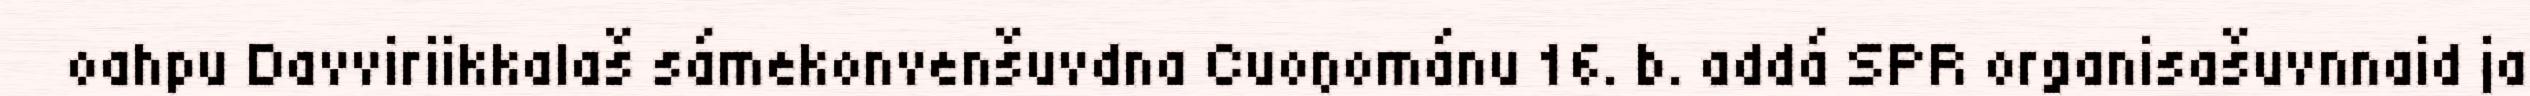
oahpu Davviriikkalaš sámekonvenšuvdna Cuoŋománu 16. b. addá SPR organisašuvnnaid ja